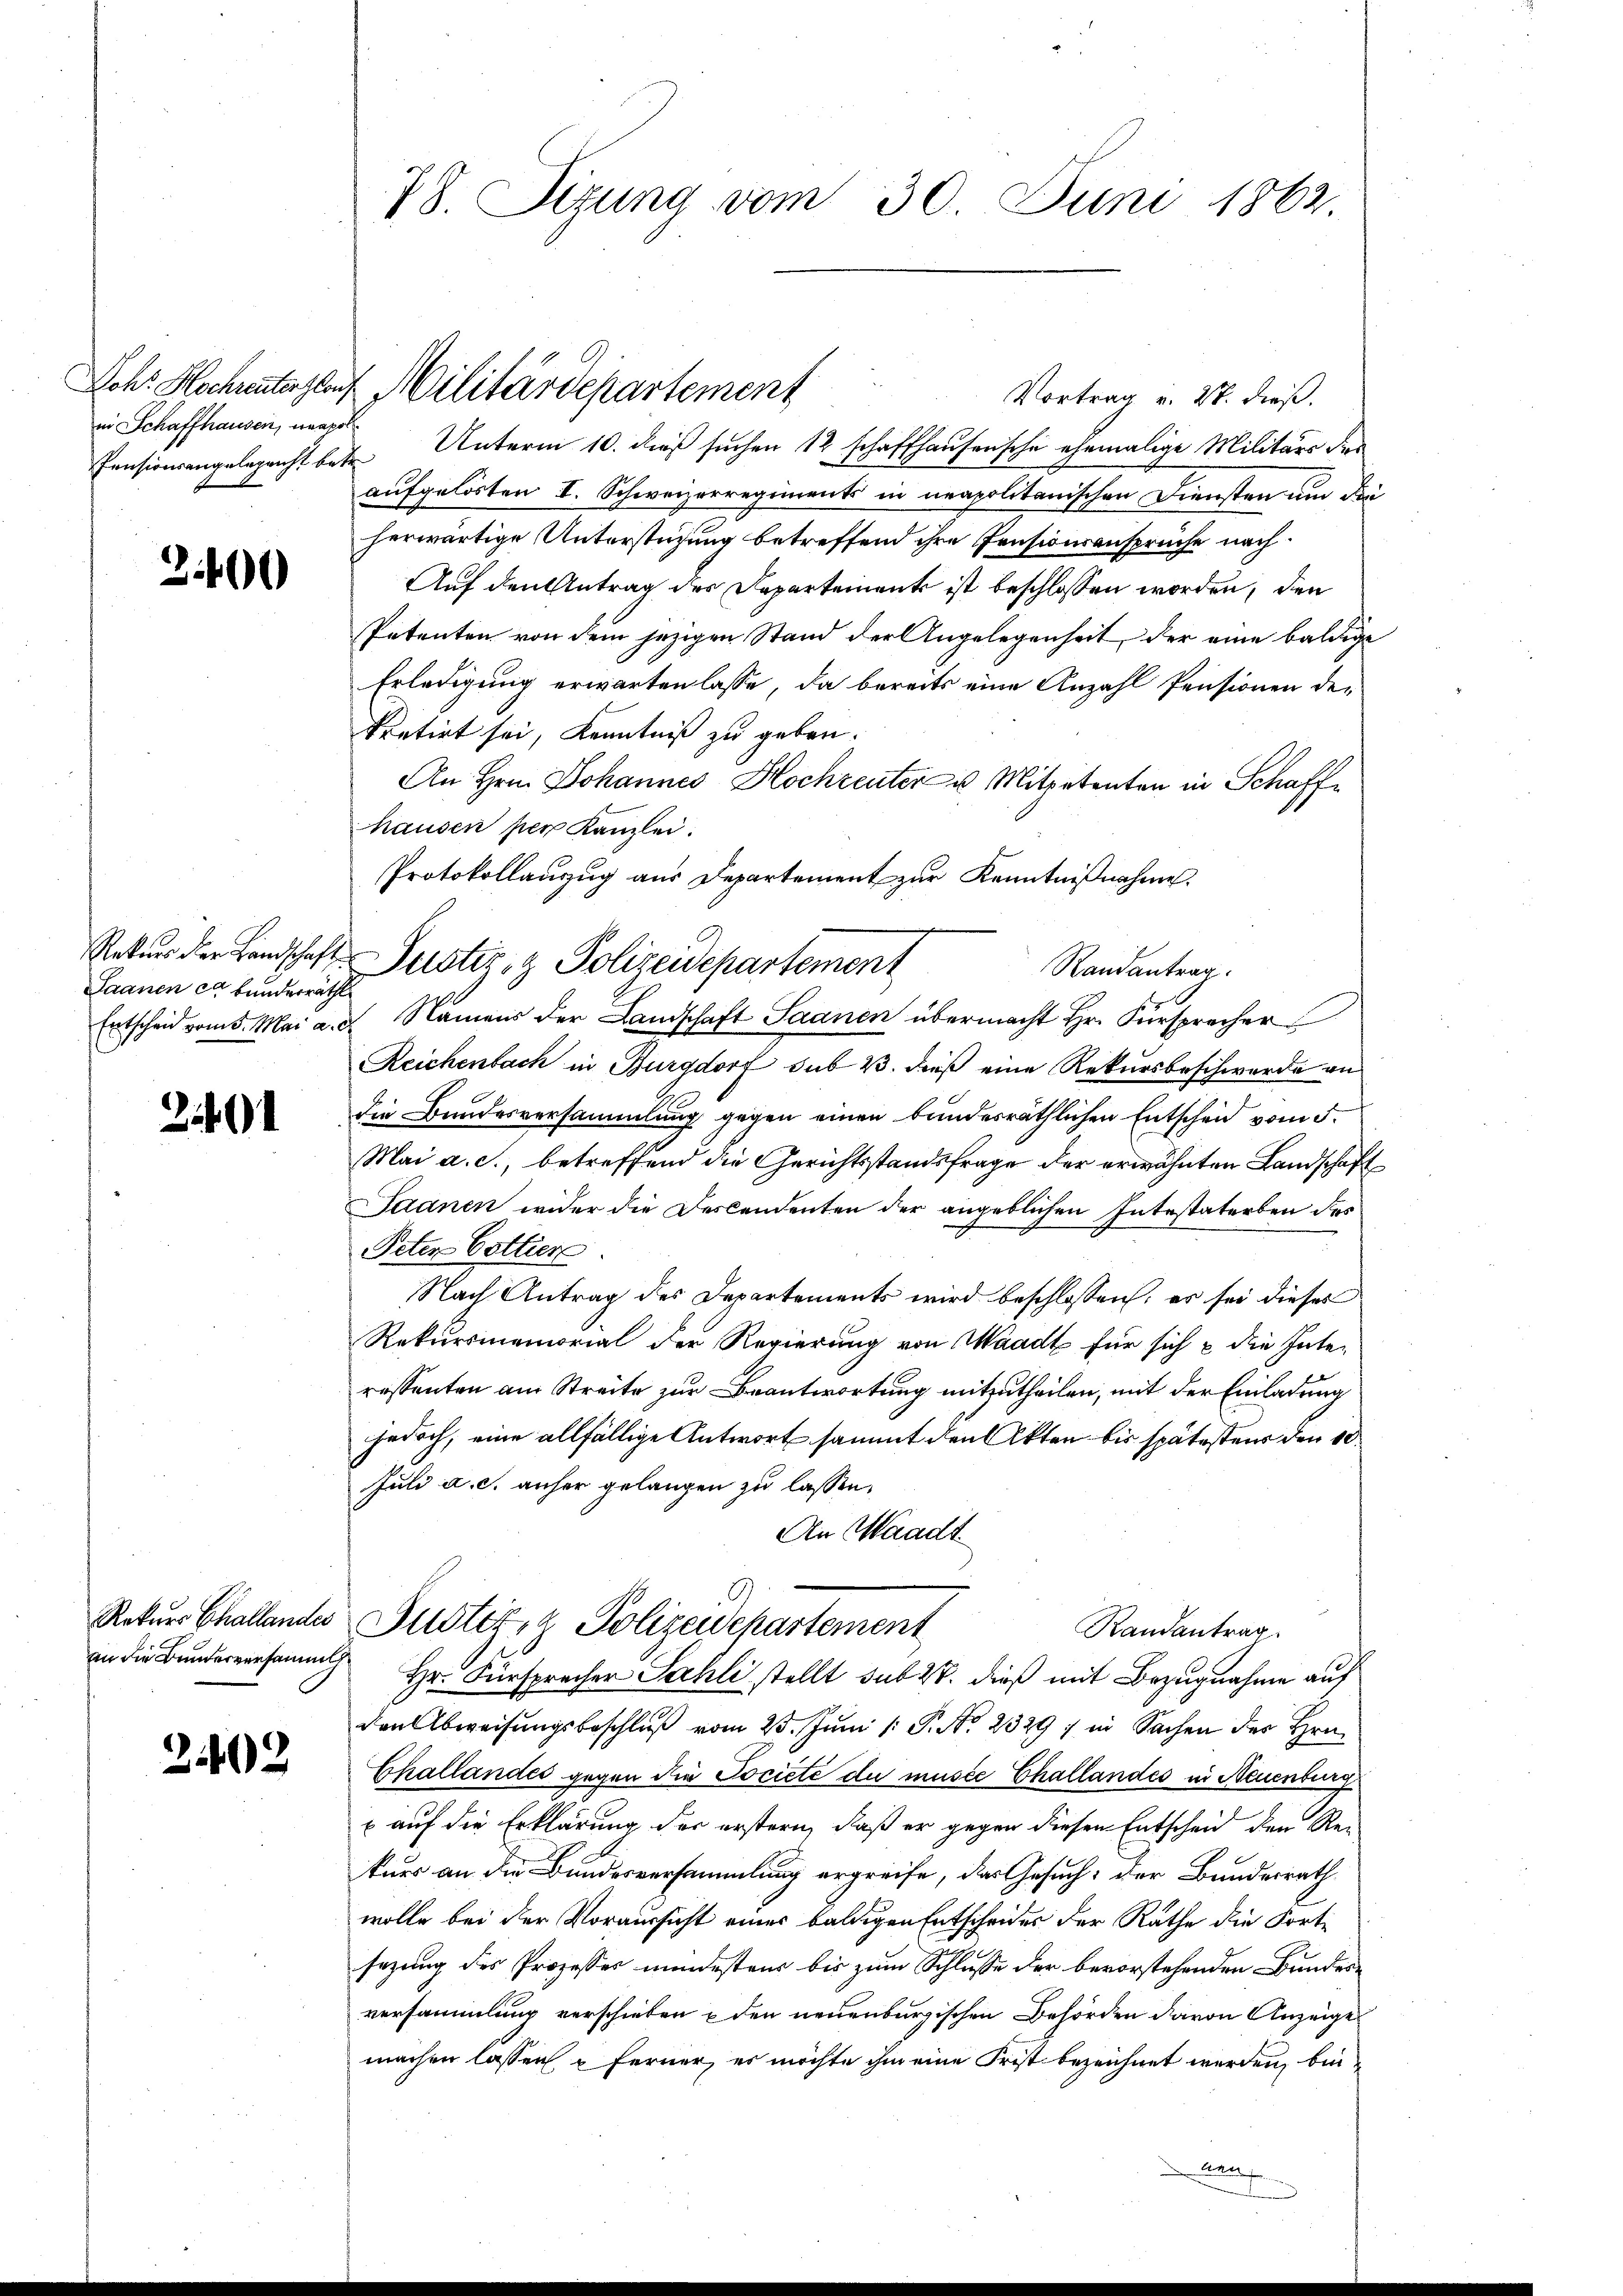
in Schaffhausen, neapol

3400

Saanen ca bunderräthl

2401

Rekurs Challandes

2402

78. Sizung vom 30. Juni 1862.

Vortrag u. 27. dieß.
Censionsangelegenht betr. Unterm 10. dieß suchen 12 schaffhausensche ehemalige Militärs des
aufgelösten I. Schweizerregiments in neapolitanischen Diensten um die
herwärtige Unterstützung betreffend ihre Pensionsansprüche nach¬
Auf den Antrag des Departement ist beschlossen worden, den
Petenten von dem jezigen Stand der Angelegenheit, der eine baldige
Erledigung erwarten lasse, da bereits eine Anzahl Pensionen der
kretirt sei, Kenntniß zu geben.
An Hrn. Johannes Hochreuter u Mitpetenten in Schaffhausen per Kanzlei.
Protokollanzug aus Departement zur Kenntnißnahme.
Randantrag
Entscheid vom 8. Mai a. g. Namens der Landschaft Saanen übermacht Hr. Fürsprecher
Reichenbach in Burgdorf sub 23. dieß eine Rekursbeschwerde an
die Bundesversammlung gegen einen bundesräthlichen Entscheid vom 5.
Mai a. c., betreffend die Gerichtsstandsfrage der erwähnten Landschaft
Saanen wider die Descendenten der angeblichen Intestaterben des
Peter Cottier
Nach Antrag des Departements wird beschlossen; er sei dieses
Rekursmemorial der Regierung von Waadt für sich & die Inte-
ressenten am Streite zur Beantwortung mitzutheilen, mit der Einladung
jedoch, eine allfällige Antwort sammt den Akten bis spätestens den 10
Juli a. c. anher gelangen zu lassen.
An Waadt
Justiz & Polizeidepartement
Randantrag
an die Bundereinsame Hr. Fürspracher Sahli stellt sub 28. dieß mit Bezugnahme auf
den Abweisungsbeschluß vom 23. Juni 1 S. No. 2329) in Sachen des Hrn.
Challandes gegen die Pociete du müsse Challandes in Neuenburg
 auf die Erklärung der erstern, daß er gegen diesen Entscheid den Rekurs an die Bundesversammlung ergreife, das Gesuch, der Bundesrath
wolle bei der Voraussicht eines baldigen Entscheides der Rathe die Fort-
sazung des Prozesser mindestens bis zum Schlusse der bevorstehenden Bundesversammlung verschieben den neuenburgischen Behörden davon Anzeige
machen lassen u Ferner, es möchte ihm eine Frist bezeichnet werden, bin

Lohr Hochunterlauf Militärdepartement

Rekŭrs der Landschaft Zustiz- & Polizeidepartement